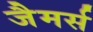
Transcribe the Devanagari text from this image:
जैमर्स